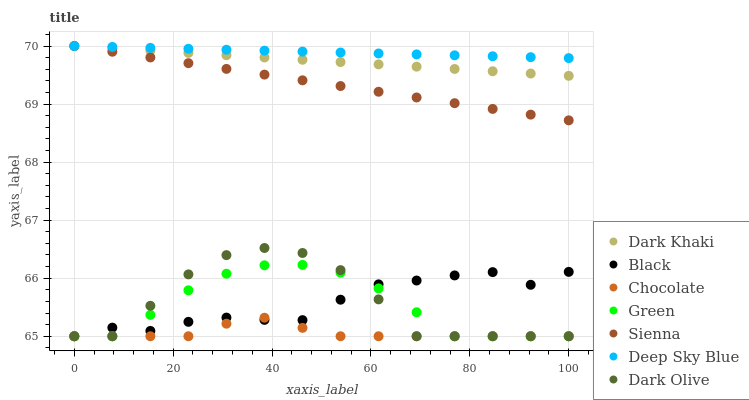
| xaxis_label | Dark Khaki | Black | Chocolate | Green | Sienna | Deep Sky Blue | Dark Olive |
 | --- | --- | --- | --- | --- | --- | --- | --- |
 | 0 | 70 | 65 | 65 | 65 | 70 | 70 | 65 |
 | 7.69 | 70 | 65.1 | 65 | 65 | 69.9 | 70 | 65 |
 | 15.4 | 69.9 | 65.1 | 65 | 65.4 | 69.8 | 70 | 65.5 |
 | 23.1 | 69.9 | 65.2 | 65 | 65.8 | 69.7 | 70 | 66.1 |
 | 30.8 | 69.8 | 65.3 | 65.2 | 66.1 | 69.6 | 69.9 | 66.4 |
 | 38.5 | 69.8 | 65.3 | 65.3 | 66.2 | 69.5 | 69.9 | 66.5 |
 | 46.2 | 69.8 | 65.3 | 65.1 | 66.2 | 69.4 | 69.9 | 66.4 |
 | 53.8 | 69.7 | 65.6 | 65 | 66.1 | 69.3 | 69.9 | 66.1 |
 | 61.5 | 69.7 | 65.9 | 65 | 65.8 | 69.2 | 69.9 | 65.6 |
 | 69.2 | 69.6 | 66 | 65 | 65.4 | 69.1 | 69.9 | 65 |
 | 76.9 | 69.6 | 66 | 65 | 65 | 69 | 69.8 | 65 |
 | 84.6 | 69.6 | 66.1 | 65 | 65 | 68.9 | 69.8 | 65 |
 | 92.3 | 69.5 | 65.9 | 65 | 65 | 68.8 | 69.8 | 65 |
 | 100 | 69.5 | 66.1 | 65 | 65 | 68.7 | 69.8 | 65 |